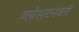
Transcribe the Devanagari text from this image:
ग्लेसटनबरी